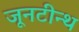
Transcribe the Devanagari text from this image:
जूनटीन्थ